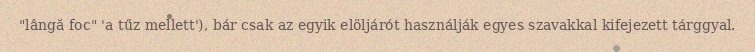
"lângă foc" 'a tűz mellett'), bár csak az egyik elöljárót használják egyes szavakkal kifejezett tárggyal.